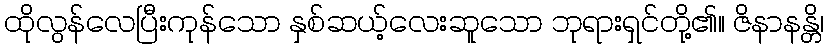
ထိုလွန်လေပြီးကုန်သော နှစ်ဆယ့်လေးဆူသော ဘုရားရှင်တို့၏။ ဇိနာနန္တိ၊